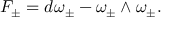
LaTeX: F _ { \pm } = d \omega _ { \pm } - \omega _ { \pm } \wedge \omega _ { \pm } .